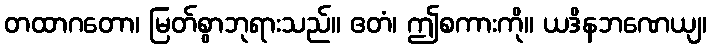
တထာဂတော၊ မြတ်စွာဘုရားသည်။ ဧတံ၊ ဤစကားကို။ ယဒိနဘဏေယျ၊